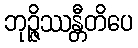
ဘုဉ္ဇိဿန္တီတိပေ